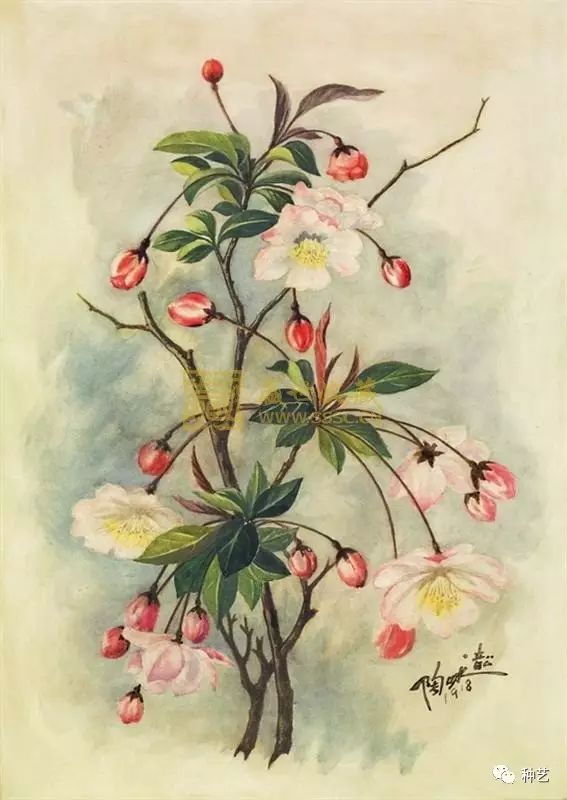
夭红过眼随荣谢，菊秀兰香自占春。